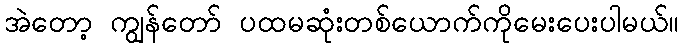
အဲတော့ ကျွန်တော် ပထမဆုံးတစ်ယောက်ကိုမေးပေးပါမယ်။